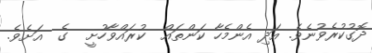
ދޮގުކުރެވުނެވެ. އަދި އެންމެހާ ކަންތައް  ކުރައްވާހުށީ  ގެ  އަށެވެ.